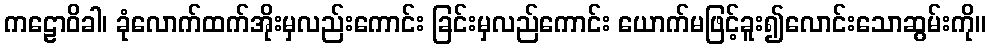
ကဠောဝိခါ၊ ခုံလောက်ထက်အိုးမှလည်းကောင်း ခြင်းမှလည်ကောင်း ယောက်မဖြင့်ခူး၍လောင်းသောဆွမ်းကို။